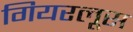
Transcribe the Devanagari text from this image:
गियरलूस